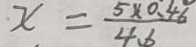
x = \frac { 5 \times 0 . 4 6 } { 4 . 6 }